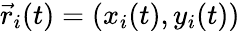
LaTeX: \vec{r}_{i}(t)=(x_{i}(t),y_{i}(t))